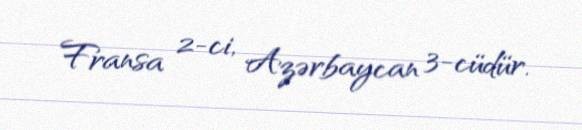
Fransa 2-ci, Azərbaycan 3-cüdür.